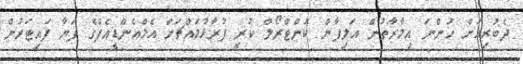
ދެބުރިއަށް ހުންނަ އިމާރާތުން އަލިފާން ކޮންޓްރޯލް ކުރީ ފުރާޅުމައްޗަށް އެމްއެންޑީއެފްގެ ފަޔާ ފައިޓަރުން